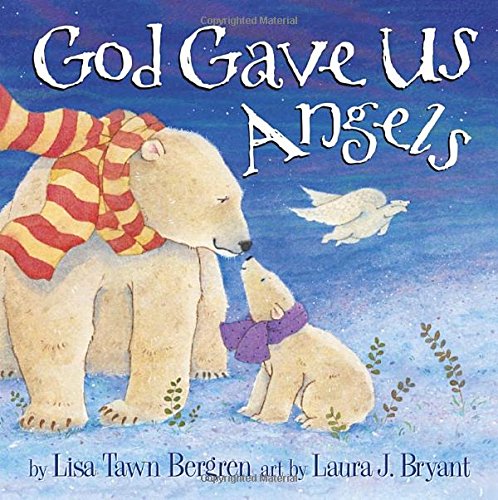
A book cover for God Gave Us Angels; Lisa Tawn Bergren; Children's Books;